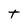
Character: t